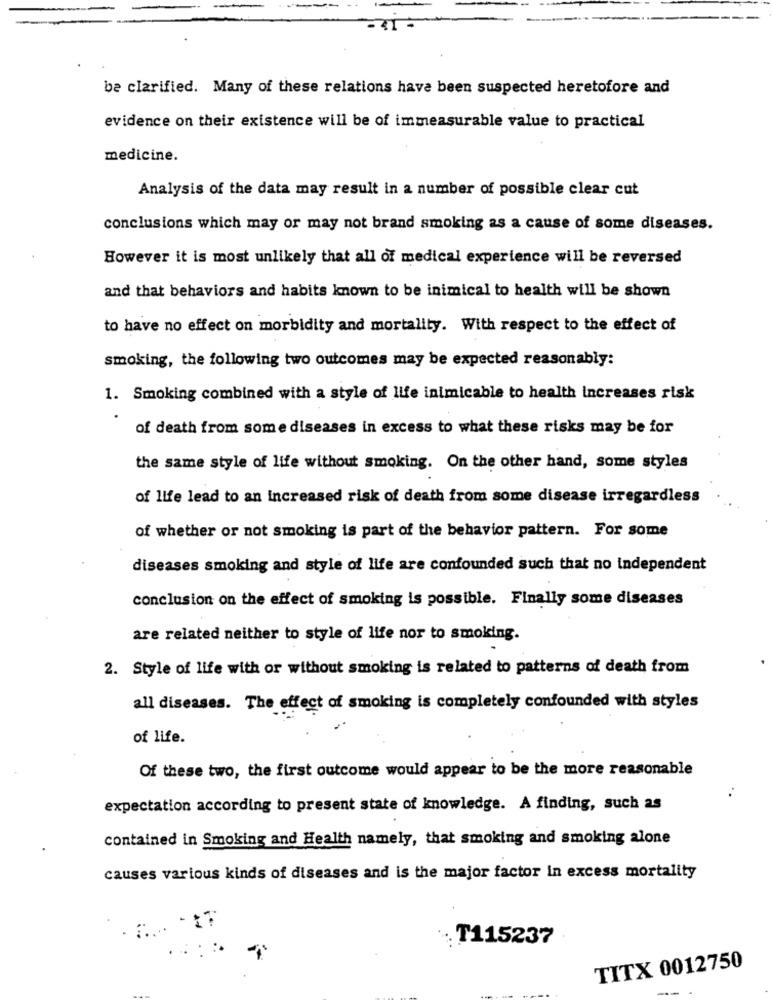
be clarified. Many of these relations have been suspected heretofore and
evidence on their existence will be of immeasurable value to practical
medicine.
Analysis of the data may result in a number of possible clear cut
conclusions which may or may not brand smoking as a cause of some diseases.
However it is most unlikely that all of medical experience will be reversed
and that behaviors and habits known to be inimical to health will be shown
to have no effect on morbidity and mortality. With respect to the effect of
smoking, the following two outcomes may be expected reasonably:
1. Smoking combined with a style of life inimicable to health increases risk
of death from some diseases in excess to what these risks may be for
the same style of life without smoking. On the other hand, some styles
of life lead to an increased risk of death from some disease irregardless
of whether or not smoking is part of the behavior pattern. For some
diseases smoking and style of life are confounded such that no independent
conclusion on the effect of smoking is possible. Finally some diseases
are related neither to style of life nor to smoking.
2. Style of life with or without smoking is related to patterns of death from
all diseases. The effect of smoking is completely confounded with styles
of life.
Of these two, the first outcome would appear to be the more reasonable
expectation according to present state of knowledge. A finding, such as
contained in Smoking and Health namely, that smoking and smoking alone
causes various kinds of diseases and is the major factor in excess mortality
. T115237
TITX 0012750